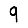
Digit: 9